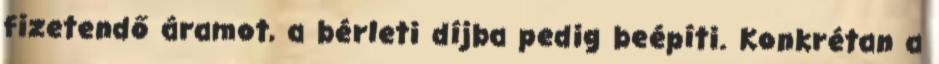
fizetendő áramot, a bérleti díjba pedig beépíti. Konkrétan a